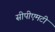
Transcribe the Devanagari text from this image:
सीपीएमटी